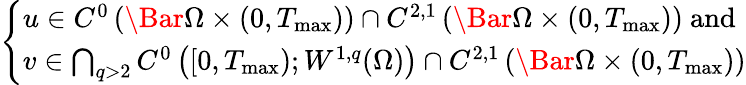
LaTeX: \left\{ \begin{array}{ll}{u\in C^{0}\left(\Bar{\Omega}\times(0,T_{\mathrm{max}})\right)\cap C^{2,1}\left(\Bar{\Omega}\times(0,T_{\mathrm{max}})\right)\mathrm{~and}}\\ {v\in\bigcap_{q>2}C^{0}\left([0,T_{\mathrm{max}});W^{1,q}(\Omega)\right)\cap C^{2,1}\left(\Bar{\Omega}\times(0,T_{\mathrm{max}})\right)}\end{array}\right.